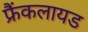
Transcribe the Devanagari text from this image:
फ्रैंकलायड